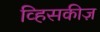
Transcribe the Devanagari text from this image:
व्हिसकीज़